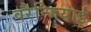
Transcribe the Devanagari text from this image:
वरैन्जियाई